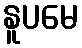
နူပမေ